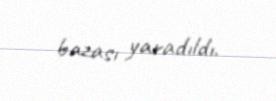
bazası yaradıldı.